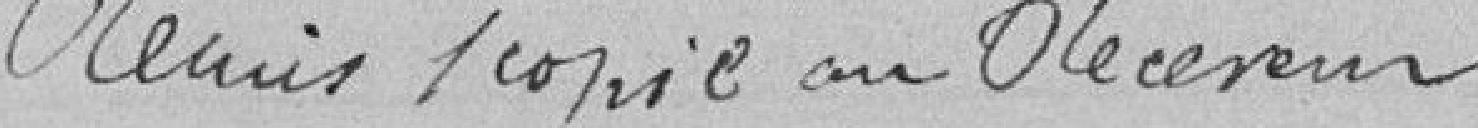
Remis/ copie au Bureau